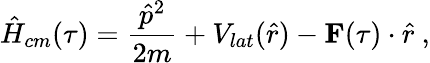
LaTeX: \hat{H}_{cm}(\tau)=\frac{\hat{p}^{2}}{2m}+V_{lat}(\hat{r})-\textbf{F}(\tau)\cdot\hat{r}~,